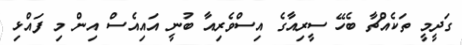
ގަދީމީ ތަކެއްޗާ ބެހޭ ސީރިއާގެ އިސްވެރިއާ ބުނީ އައިއެސް އިން މި ފައްޅި